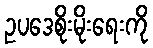
ဥပဒေစိုးမိုးရေးကို